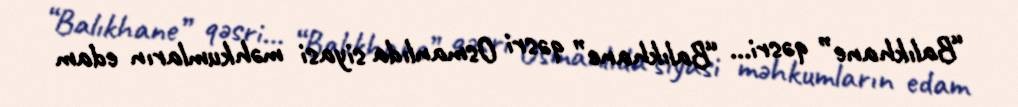
“Balıkhane” qəsri… “Balıkhane” qəsri Osmanlıda siyasi məhkumların edam